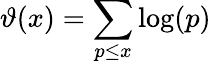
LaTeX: \vartheta(x)=\sum_{p\leq x}{\log(p)}